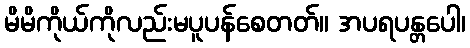
မိမိကိုယ်ကိုလည်းမပူပန်စေတတ်။ အပရပန္တပေါ၊